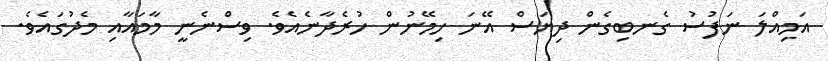
އަމިއްލަ ނަފުސު ގެނބިގެން ދިޔަސް އޭނަ ހިމޭނުން ހުރެދާނެއެވެ. ވިސްނެނީ މާމައާއި މެދުގައެވެ.